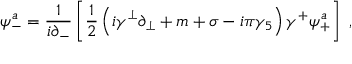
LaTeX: \psi _ { - } ^ { a } = \frac { 1 } { i \partial _ { - } } \left[ { \frac { 1 } { 2 } } \left( i \gamma ^ { \perp } \partial _ { \perp } + m + \sigma - i \pi \gamma _ { 5 } \right) \gamma ^ { + } \psi _ { + } ^ { a } \right] ~ ,